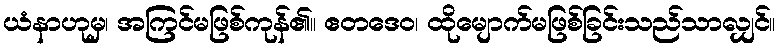
ယံနာဟုမှ၊ အကြင်မဖြစ်ကုန်၏။ ဧတဒေဝ၊ ထိုမျောက်မဖြစ်ခြင်းသည်သာလျှင်။